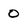
Character: O